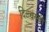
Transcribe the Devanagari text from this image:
दिल्चस्बी